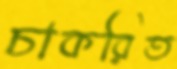
চাকরিত